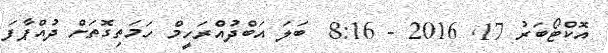
އޮކްޓޯބަރު 17